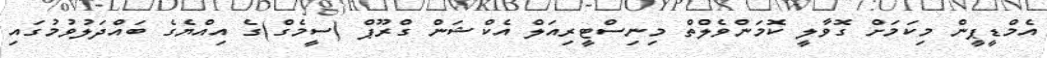
އެމްޑީޕީން މިކަމަށް ގޮވާލީ ކޮމަންވެލްތް މިނިސްޓީރިއަލް އެކްޝަން ގްރޫޕް (ސީމެގް)ގެ އިއްޔެގެ ބައްދަލުވުމުގައި